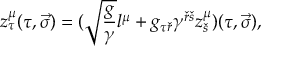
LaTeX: z _ { \tau } ^ { \mu } ( \tau , \vec { \sigma } ) = ( \sqrt { { \frac { g } { \gamma } } } l ^ { \mu } + g _ { \tau { \check { r } } } \gamma ^ { { \check { r } } { \check { s } } } z _ { \check { s } } ^ { \mu } ) ( \tau , \vec { \sigma } ) ,